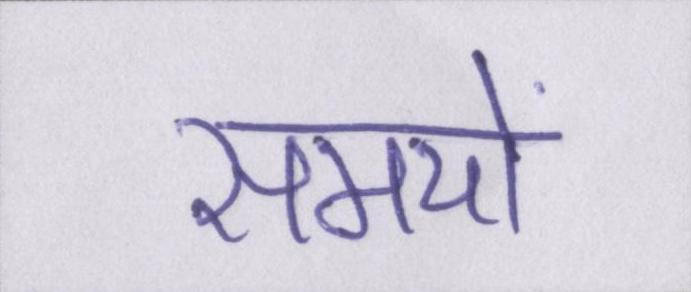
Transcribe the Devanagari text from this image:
समयों